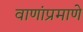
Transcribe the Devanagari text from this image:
वाणांप्रमाणे